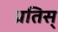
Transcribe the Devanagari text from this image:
प्रतिस्